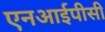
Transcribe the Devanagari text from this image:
एनआईपीसी